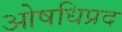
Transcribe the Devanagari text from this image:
ओषधिप्रद